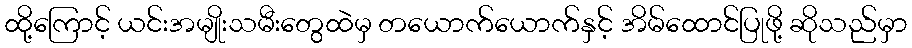
ထို့ကြောင့် ယင်းအမျိုးသမီးတွေထဲမှ တယောက်ယောက်နှင့် အိမ်ထောင်ပြုဖို့ ဆိုသည်မှာ